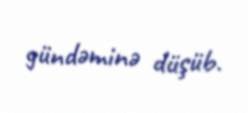
gündəminə düşüb.